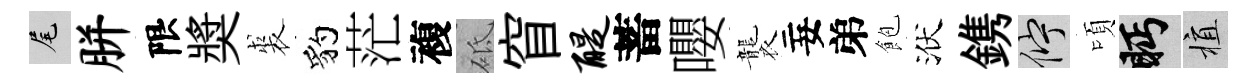
尾胼限奬裘豹茫複砥窅醍蓄嚶襲妄弟飽洑鎸伫頃眄植